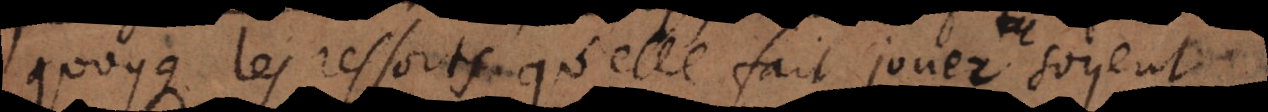
quoyque les ressorts qu’elle fait jouer soyent